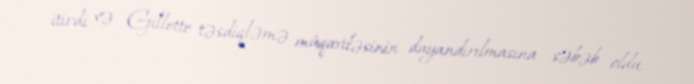
itirdi və Gillette təsdiqləmə müqaviləsinin dayandırılmasına səbəb oldu.